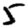
Digit: 5